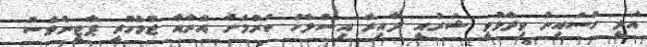
އަލީ ހުސައިން ވިދާޅުވީ ޝަރުއީ ދާއިރާ އިސްލާހު ކުރުމަށް އޭނާއާ ޖުމްހޫރީ ޕާޓީންވެސް